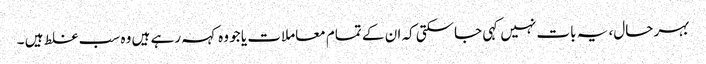
بہر حال، یہ بات نہیں کہی جاسکتی کہ ان کے تمام معاملات یا جو وہ کہہ رہے ہیں وہ سب غلط ہیں ۔